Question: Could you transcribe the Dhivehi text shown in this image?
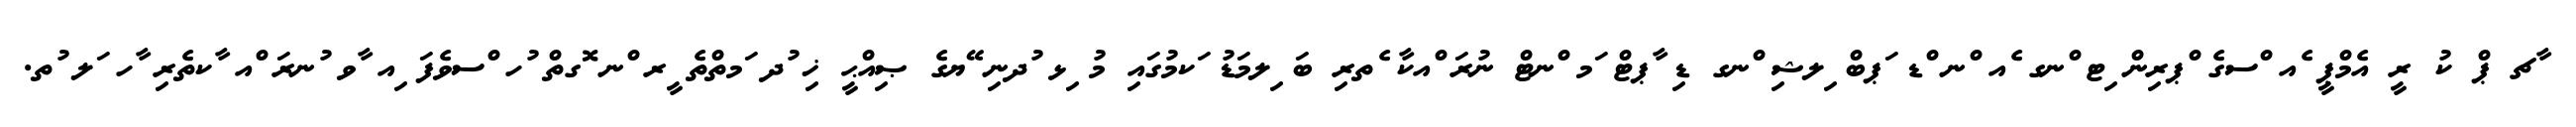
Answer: ާޗ ޕް ކު ރީ އެމްޕީ ެއ ްސގެ ްޕރިން ިޓ ްނގ ެއ ްނ ްޑ ަޕބް ިލޝި ްނގ ޑި ާޕޓް ަމ ްނޓް ނުރަ ްއކާ ެތރި ބަ ިލމަޑު ަކމުގައި މު ިޅ ުދނި ޭޔގެ ޞިއްޙީ ޚި ުދ ަމތްތެ ީރ ްނ ޮގތް ުހ ްސވެފަ ިއ ާވ ުނރަ ްއ ާކތެރި ާހ ަލ ުތ.